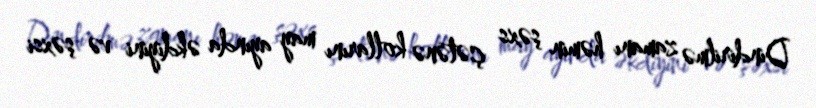
Dindirilmə zamanı həmin şəxs çətənə kollarını may ayında əkdiyini və şəxsi